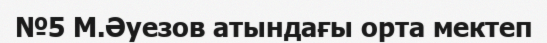
№5 М.Әуезов атындағы орта мектеп